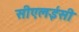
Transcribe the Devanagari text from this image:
सीएलईसी